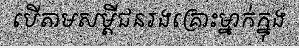
បើតាមសម្តីជនរងគ្រោះម្នាក់ក្នុង